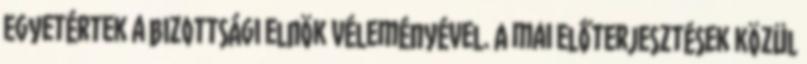
Egyetértek a bizottsági elnök véleményével. A mai előterjesztések közül